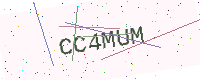
Text: CC4MUM